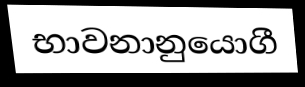
භාවනානුයොගී